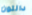
دالتون